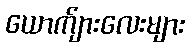
ယောက်ျားလေးများ